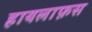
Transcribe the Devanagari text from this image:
हायलाफ़स